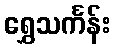
ရွှေသင်္ကန်း